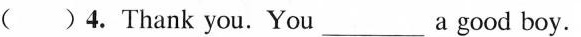
( )4.Thank you.You___ a good boy.